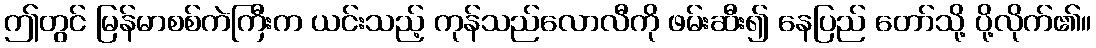
ဤတွင် မြန်မာစစ်ကဲကြီးက ယင်းသည့် ကုန်သည်လောလီကို ဖမ်းဆီး၍ နေပြည် တော်သို့ ပို့လိုက်၏။